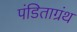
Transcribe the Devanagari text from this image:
पंडिताग्रंथ